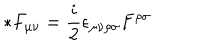
LaTeX: * F _ { \mu \nu } = \frac { i } { 2 } \epsilon _ { \mu \nu \rho \sigma } F ^ { \rho \sigma }